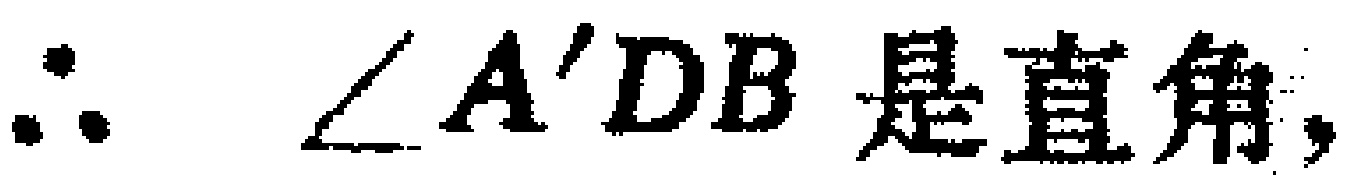
$\therefore\ \angle A'DB \text{ 是直角},$